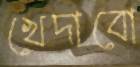
খেদাবো